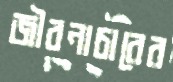
জীবনাচারের